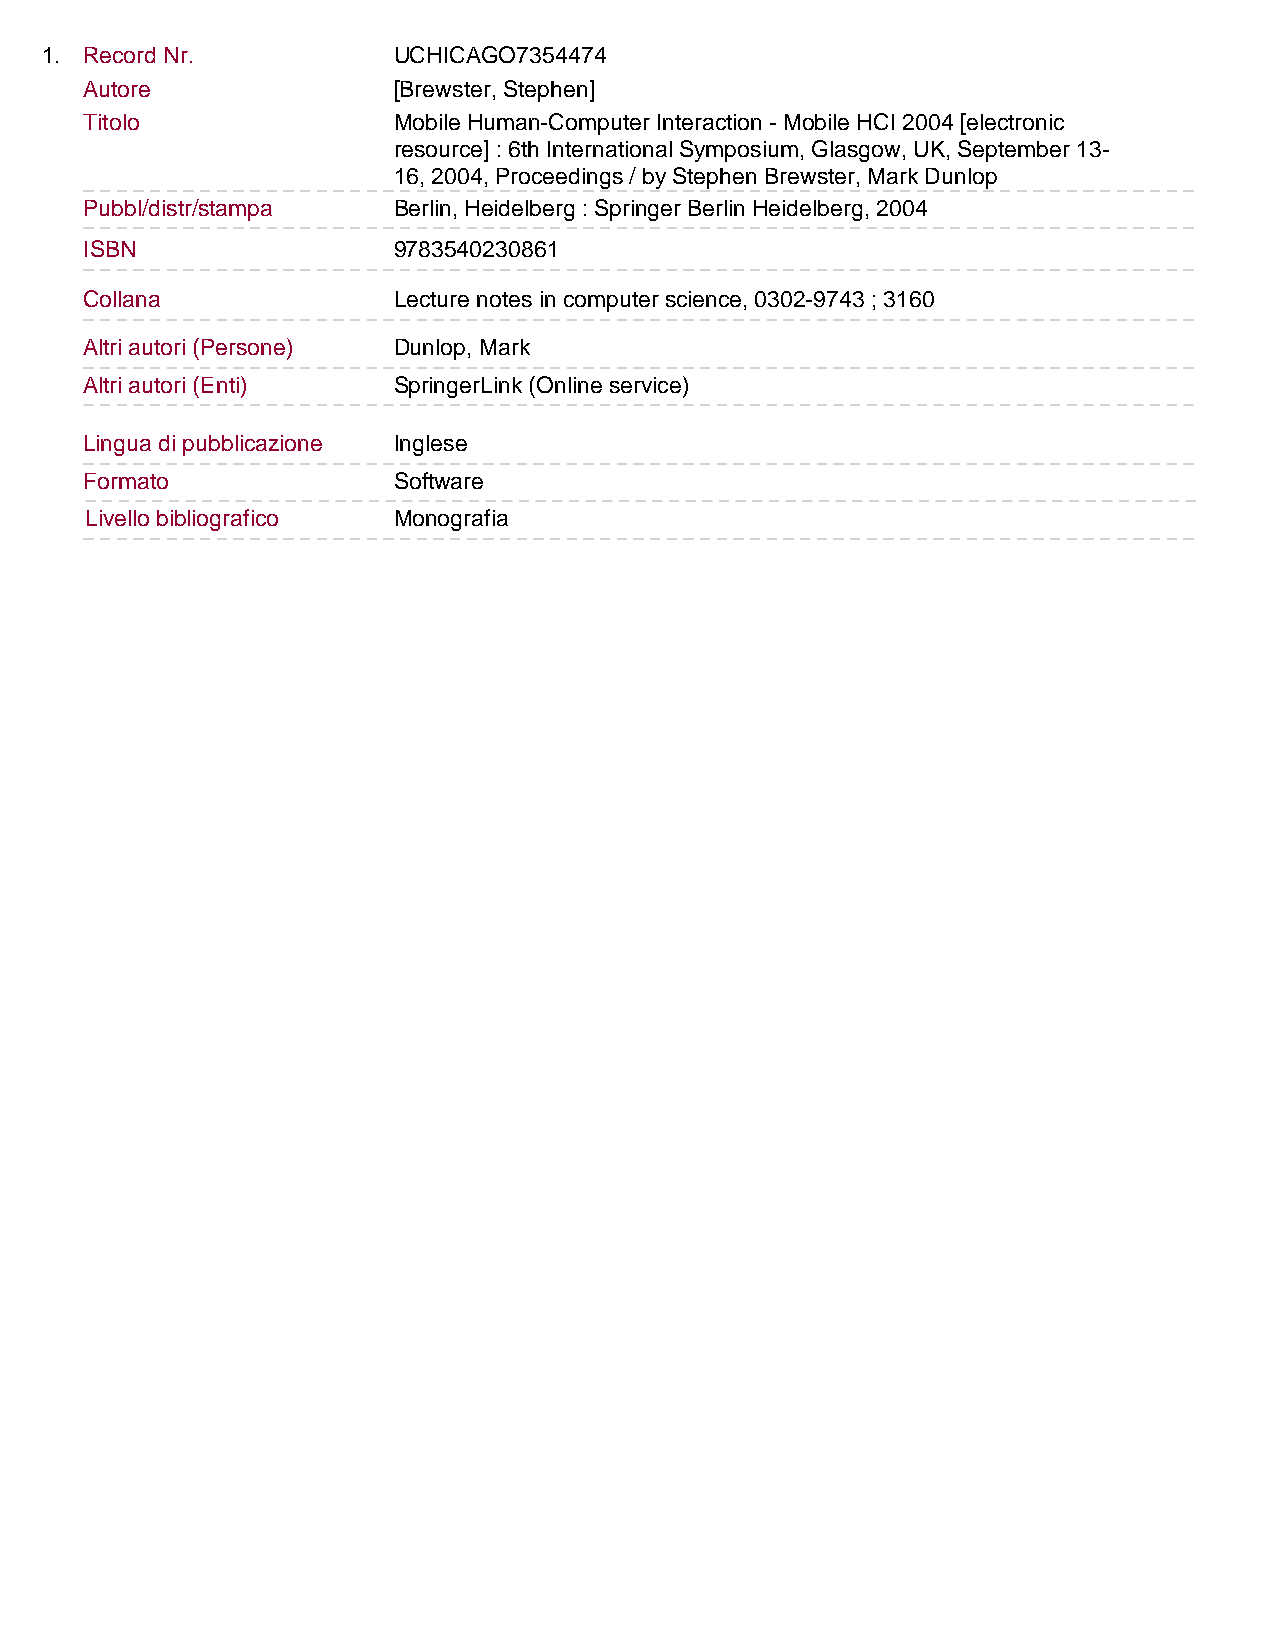
1. Record Nr.          UCHICAGO7354474
 Autore              [Brewster, Stephen]
 Titolo              Mobile Human-Computer Interaction - Mobile HCI 2004 [electronic
 resource] : 6th International Symposium, Glasgow, UK, September 13-
 16, 2004, Proceedings / by Stephen Brewster, Mark Dunlop
 Pubbl/distr/stampa  Berlin, Heidelberg : Springer Berlin Heidelberg, 2004
 ISBN                9783540230861
 Collana             Lecture notes in computer science, 0302-9743 ; 3160
 Altri autori (Persone) Dunlop, Mark
 Altri autori (Enti) SpringerLink (Online service)
 Lingua di pubblicazione Inglese
 Formato             Software
 Livello bibliografico Monografia